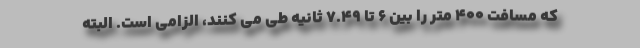
که مسافت 400 متر را بین 6 تا 7.49 ثانیه طی می کنند، الزامی است. البته